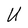
Character: U